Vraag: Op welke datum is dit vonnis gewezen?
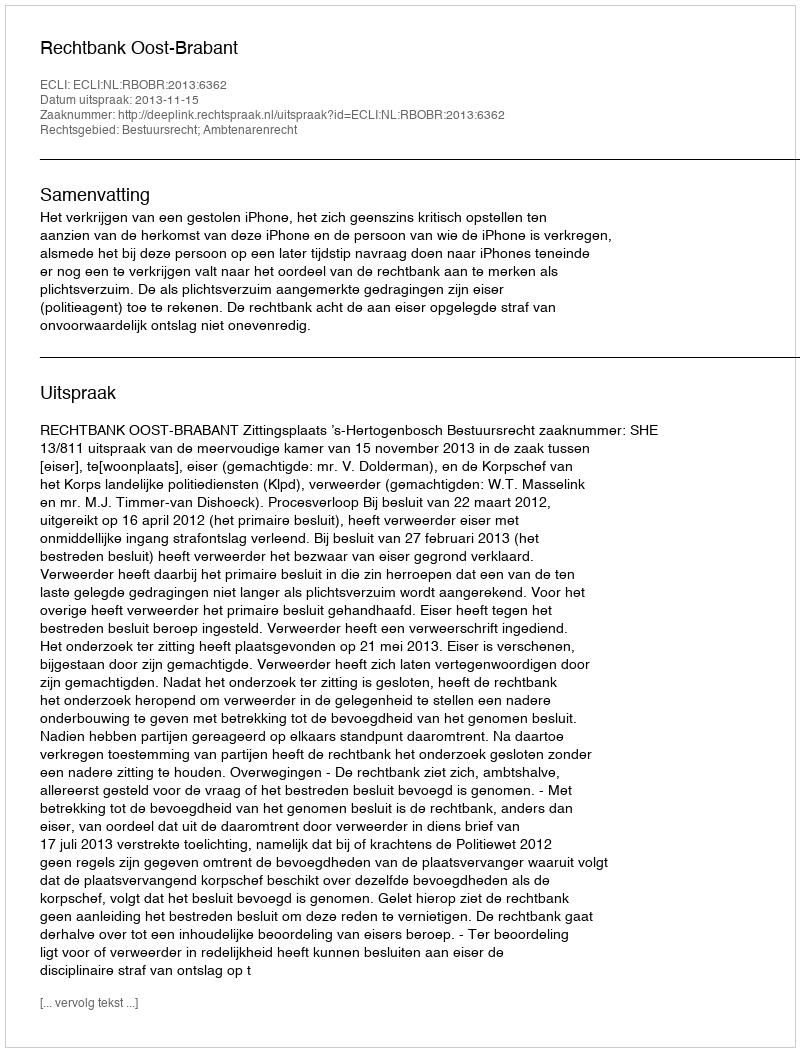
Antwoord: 2013-11-15